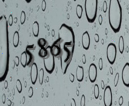
5865